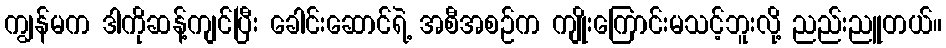
ကျွန်မက ဒါကိုဆန့်ကျင်ပြီး ခေါင်းဆောင်ရဲ့ အစီအစဉ်က ကျိုးကြောင်းမသင့်ဘူးလို့ ညည်းညူတယ်။